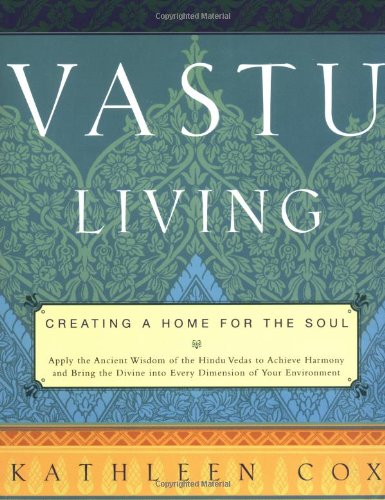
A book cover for Vastu Living: Creating a Home for the Soul; Kathleen M. Cox; Religion & Spirituality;